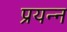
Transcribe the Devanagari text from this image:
प्रयन्न